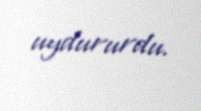
uydururdu.